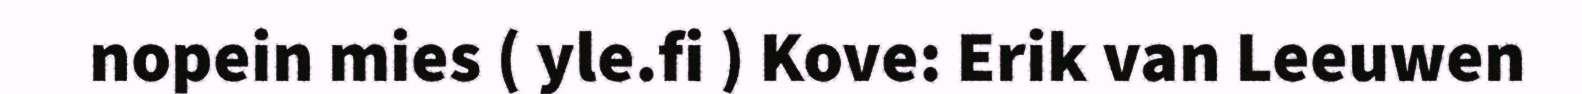
nopein mies ( yle.fi ) Kove: Erik van Leeuwen